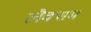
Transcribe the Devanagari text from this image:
लैक्सम